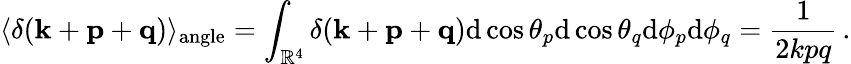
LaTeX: \langle\delta({\mathbf k}+{\mathbf p}+{\mathbf q})\rangle_{\mathrm{angle}}=\int_{{\mathbb{R}}^{4}}\delta({\mathbf k}+{\mathbf p}+{\mathbf q})\mathrm{d}\cos\theta_{p}\mathrm{d}\cos\theta_{q}\mathrm{d}\phi_{p}\mathrm{d}\phi_{q}=\frac{1}{2kpq}\, .